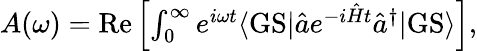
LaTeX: \begin{array}{r}{A(\omega)=\mathrm{Re}\left[\int_{0}^{\infty}e^{i\omega t}\langle\mathrm{GS}|\hat{a}e^{-i\hat{H}t}\hat{a}^{\dagger}|\mathrm{GS}\rangle\right],}\end{array}